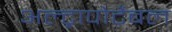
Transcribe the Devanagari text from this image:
अल्ट्रापोर्टेबल